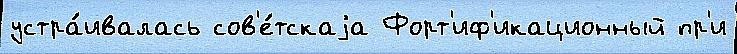
устра́ивалась сов'е́тскаjа Форт'иф'икационный пр'и